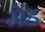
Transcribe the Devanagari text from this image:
मेंह